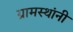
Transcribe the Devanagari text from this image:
ग्रामस्‍थांनी